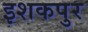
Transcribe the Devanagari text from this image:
इशकपुर